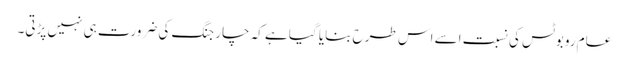
عام روبوٹس کی نسبت اسے اس طرح بنایا گیا ہے کہ چارجنگ کی ضرورت ہی نہیں پڑتی۔